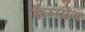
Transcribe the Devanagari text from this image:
कैम्पोज